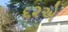
૬૨એ